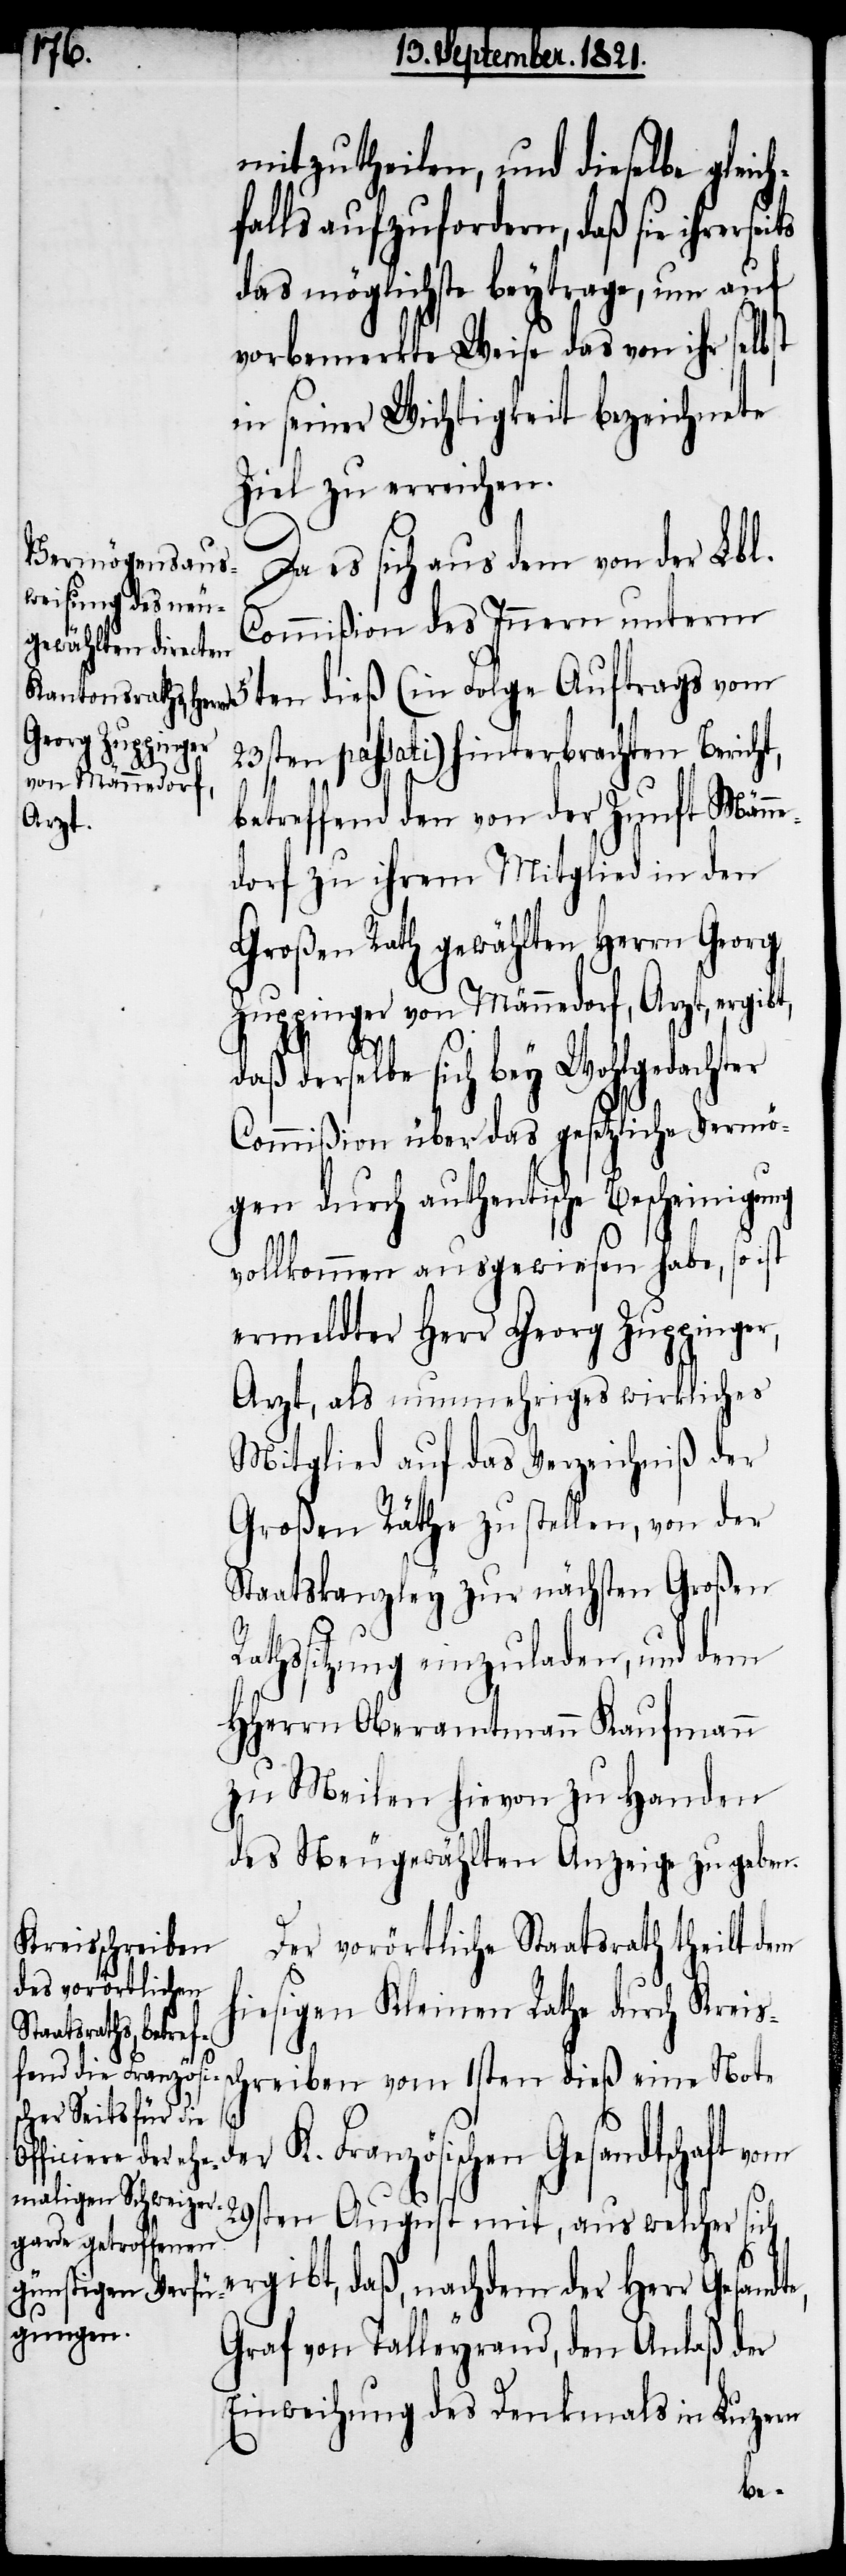
mitzutheilen, und dieselbe gleic¬
falls aufzufordern, daß sie ihrers¬
das möglichste beytrage, um auf
vorbemerkte Weise das von ihr selbst
in seiner Wichtigkeit bezeichnete
Ziel zu erreichen.
Da es sich aus dem von der Lbl.
Commißion des Innern unterm
23sten passati) hinterbrachten Bericht,
e,
betreffend den von der Zunft Männe¬
dorf, zu ihrem Mitglied in den
Großen Rath gewählten Herrn Georg
Zuppinger von Männedorf, Arzt, ergibt,
eits
derselbe sich bey Wohlgedachter
Commißion über das gesetzliche Vermö¬
gen durch authentische Bescheinigung
vollkommen ausgewiesen habe, so ist
ermeldter Herr Georg Zuppinger,
Arzt, als nunmehriges wirkliches
Mitglied auf das Verzeichniß der
Großen Räthe zu stellen, von der
Staatskanzley zur nächsten Großen
Rathssitzung einzuladen, und dem
HHerrn Oberamtmann Kaufmann
zu Meilen hievon zu Handen
des Neugewählten Anzeige zu geben.
Der vorörtliche Staatsrath theilt dem
hiesigen Kleinen Rathe durch Kreis¬
schreiben vom 1sten dieß eine Note
Französischen Gesandtschaft
29sten August mit, aus welcher sich
ergibt, daß, nachdem der Herr Gesandt¬
Graf von Talleyrand, den Anlaß der
Einweihung des Denkmals in Luzern